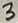
Text: 3